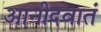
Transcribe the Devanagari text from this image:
आनीदवातं